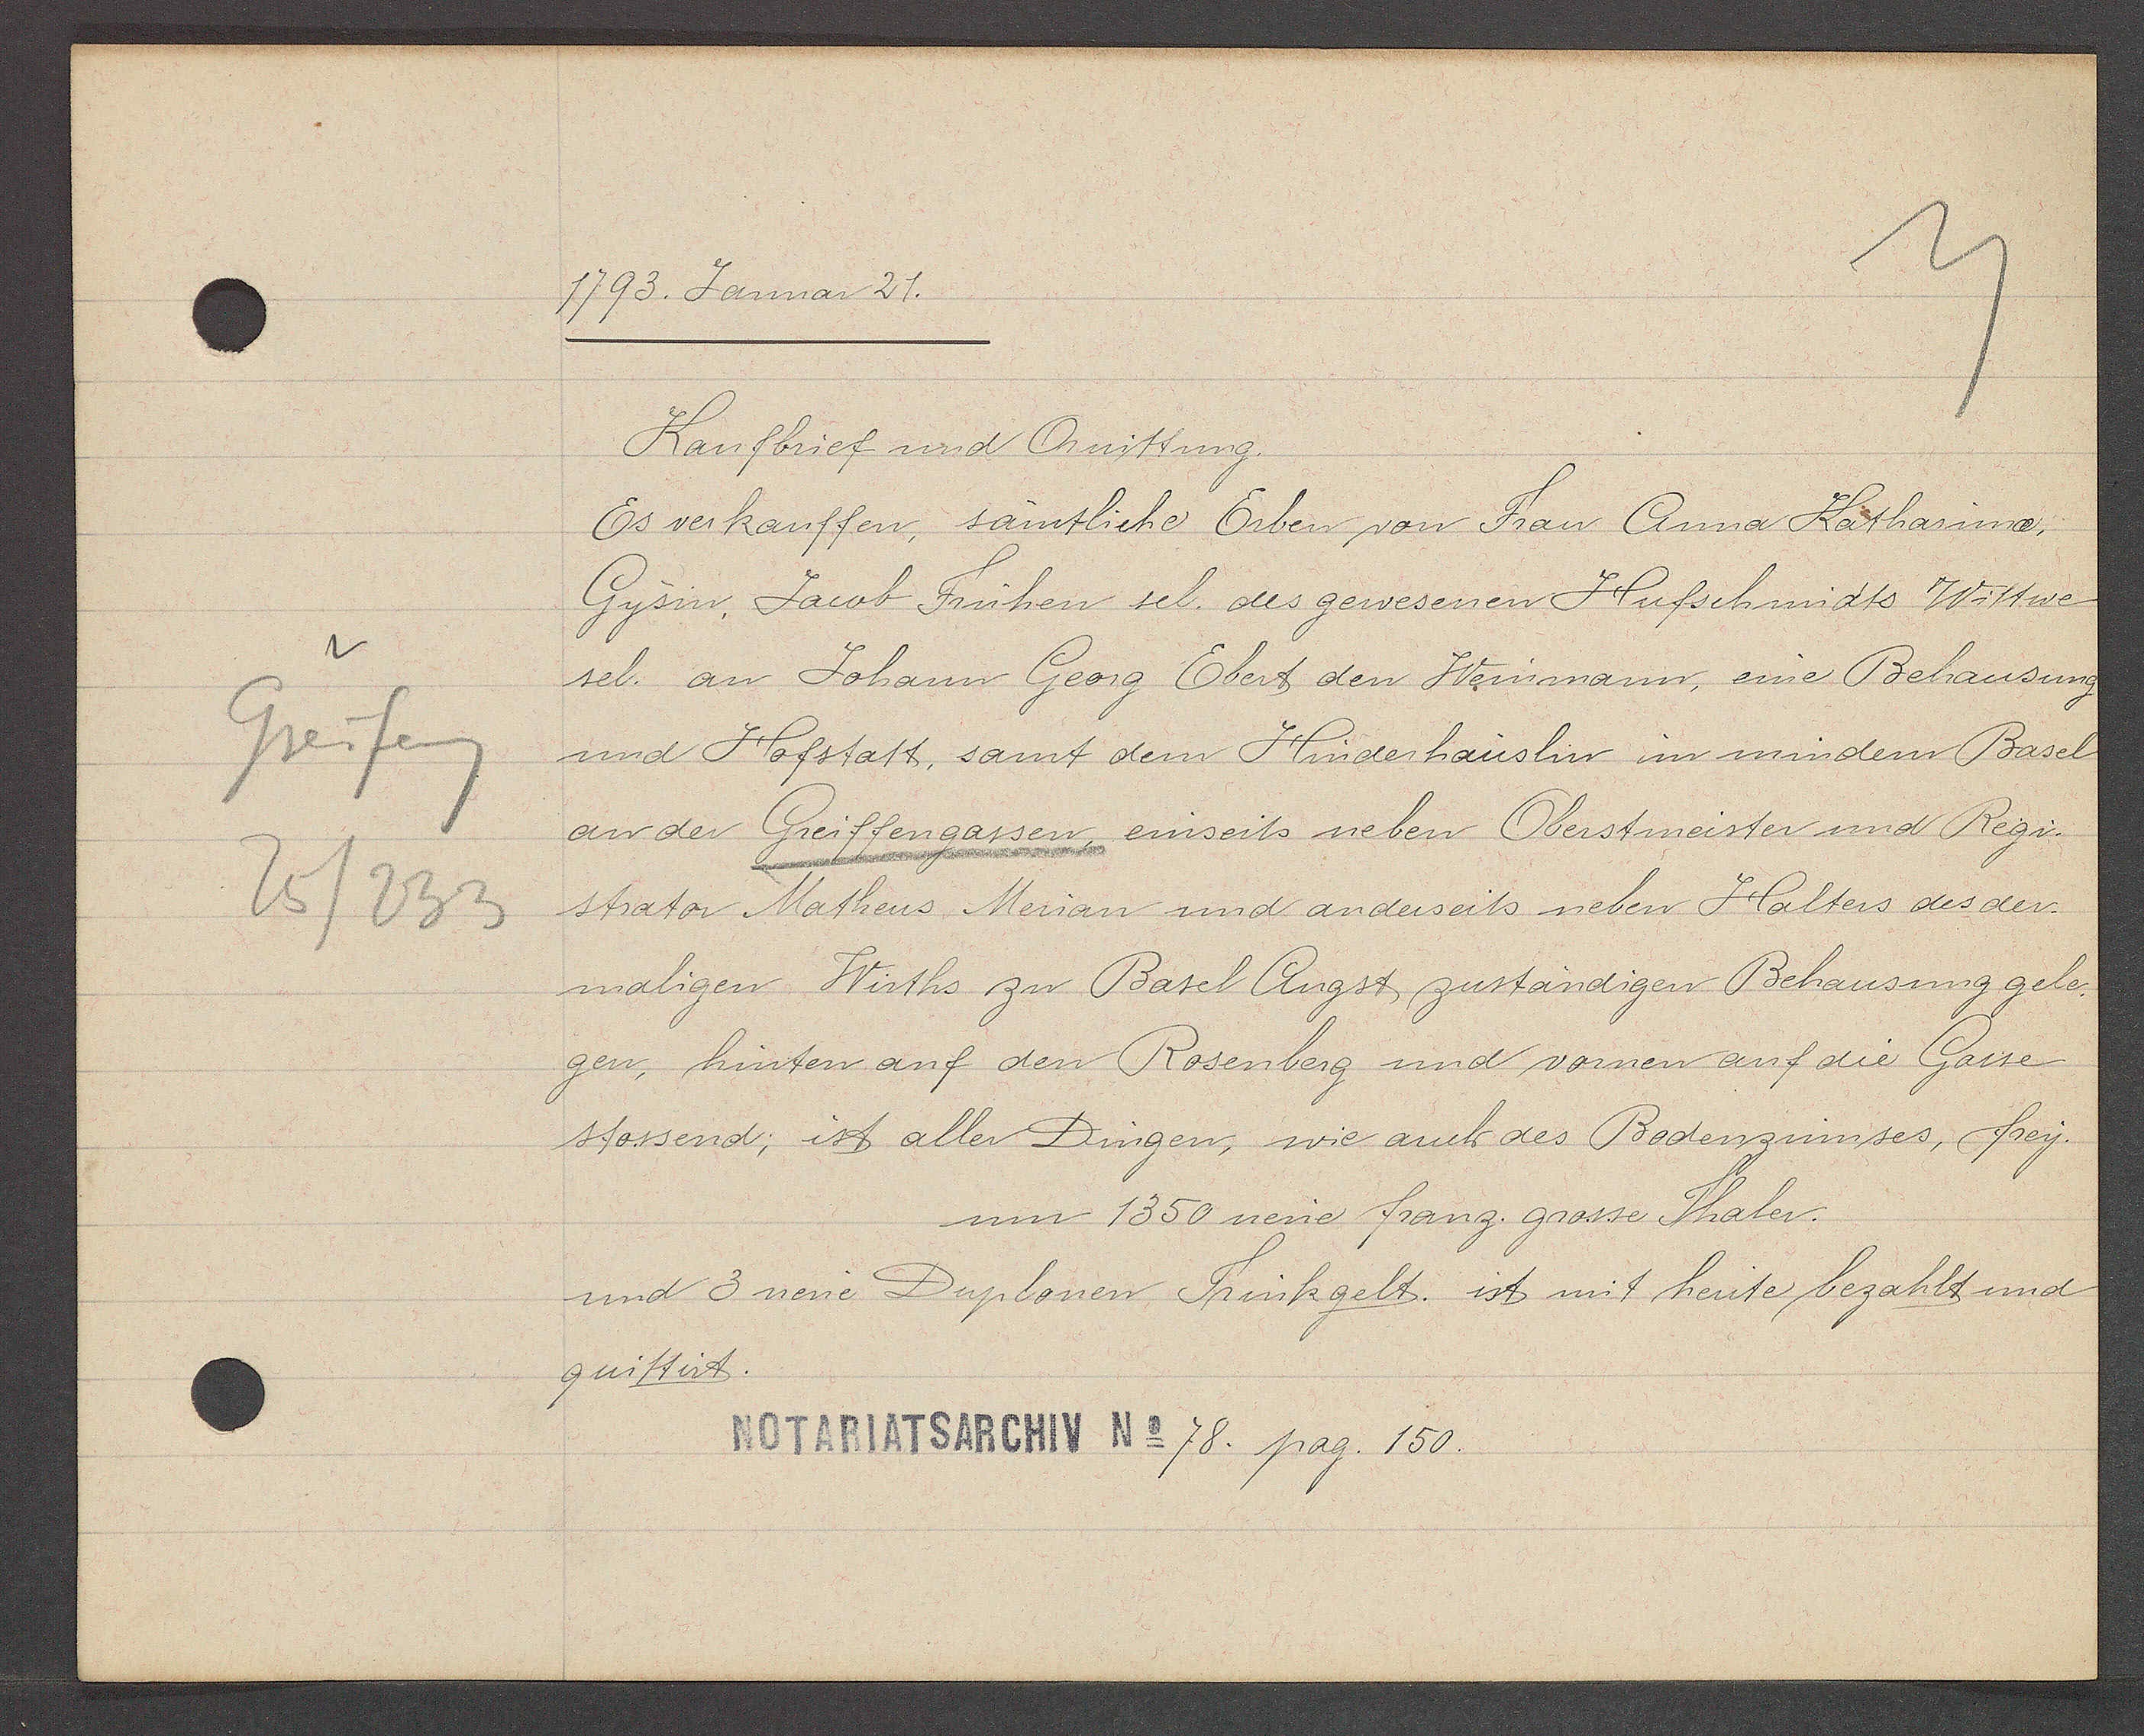
Transcript:
Greifeng
25/233

1793. Januar 21.

Kaufbrief und Quittung.
Es verkauffen, sämtliche Erben von Frau Anna Katharina,
Gysin, Jacob Frühen sel. des gewesenen Hufschmidts Wittwe
sel. an Johann Georg Ebert den Weinmann, eine Behausung
und Hofstatt, samt dem Hinderhauslin im mindern Basel
an der Greiffengassen, einseits neben Oberstmeister und Regi¬
strator Matheus Merian und anderseits neben Halters des der
maligen Wirths zu Basel Augst zuständigen Behausung gele-
gen, hinten auf den Rosenberg und vornen auf die Gasse
stossend; ist aller Dingen, wie auch des Bodenzinnses, frey.
um 1350 neue franz. grosse Thaler.
und 3 neue Duplonen Trinkgelt. ist mit heute bezahlt und
quittiert.

Notariatsarchiv No 78. pag. 150.